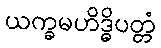
ယက္ခမဟိဒ္ဓိပတ္တံ